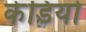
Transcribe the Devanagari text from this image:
केडियो